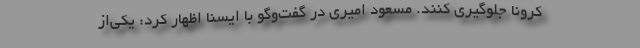
کرونا جلوگیری کنند. مسعود امیری در گفت‌وگو با ایسنا اظهار کرد: یکی‌از